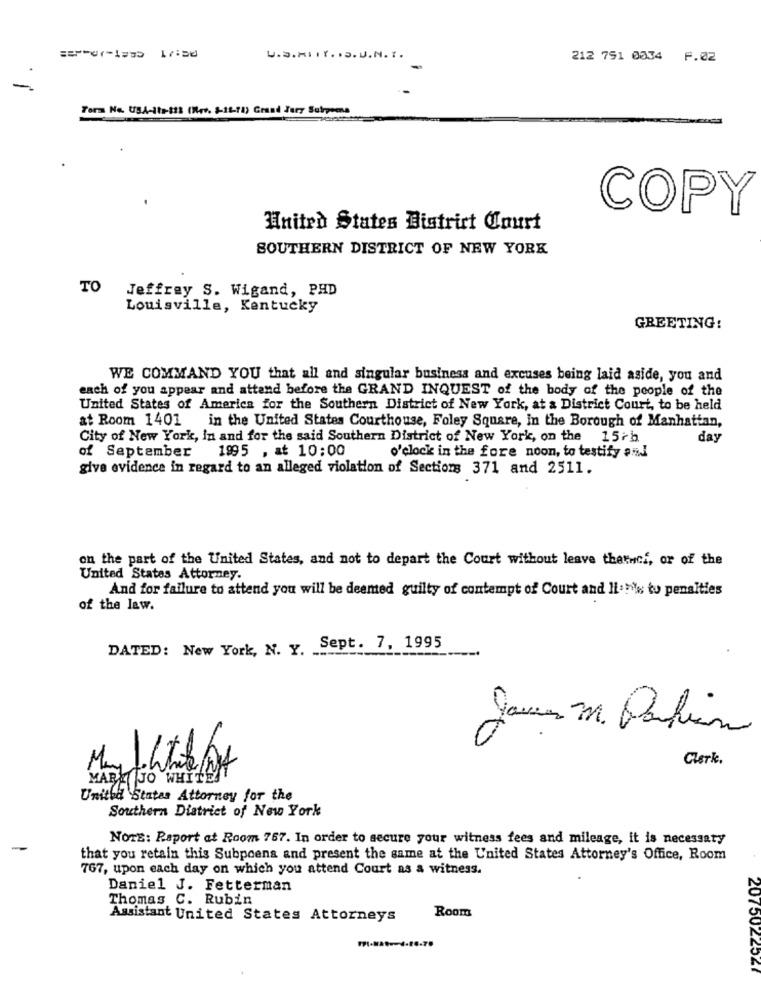
U.S.MIII. . 5. J.N. I .
212 751 0034 F.02
Form No. USA-11-113 (1re. 5-12-11) Grand Jury Subpoena
COPY
United States District Court
SOUTHERN DISTRICT OF NEW YORK
TO
Jeffrey S. Wigand, PHD
Louisville, Kentucky
GREETING:
WE COMMAND YOU that all and singular business and excuses being laid aside, you and
each of you appear and attend before the GRAND INQUEST of the body of the people of the
United States of America for the Southern District of New York, at a District Court, to be held
at Room 1401 in the United States Courthouse, Foley Square, in the Borough of Manhattan,
City of New York, In and for the said Southern District of New York, on the 15th
day
of September
1995 , at 10:00
o'clock in the fore noon, to testify and
give evidence in regard to an alleged violation of Sections 371 and 2511.
on the part of the United States, and not to depart the Court without leave thatwcf, or of the
United States Attorney.
And for failure to attend you will be deemed guilty of contempt of Court and Ii:1%; tu pensities
of the law.
DATED: New York, N. y. Sept. 7, 1995
James m. Pafin
Clerk.
MARE JO WHITE
United States Attorney for the
Southern District of New York
NOTE: Raport at Room 757. In order to secure your witness fees and mileage, it is necessary
that you retain this Subpoena and present the same at the United States Attorney's Office, Room
767, upon each day on which you attend Court as a witness.
Daniel J. Fetterman
Thomas C. Rubin
Room
Assistant United States Attorneys
2075022527